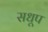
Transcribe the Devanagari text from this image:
सधूप